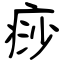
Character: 痧